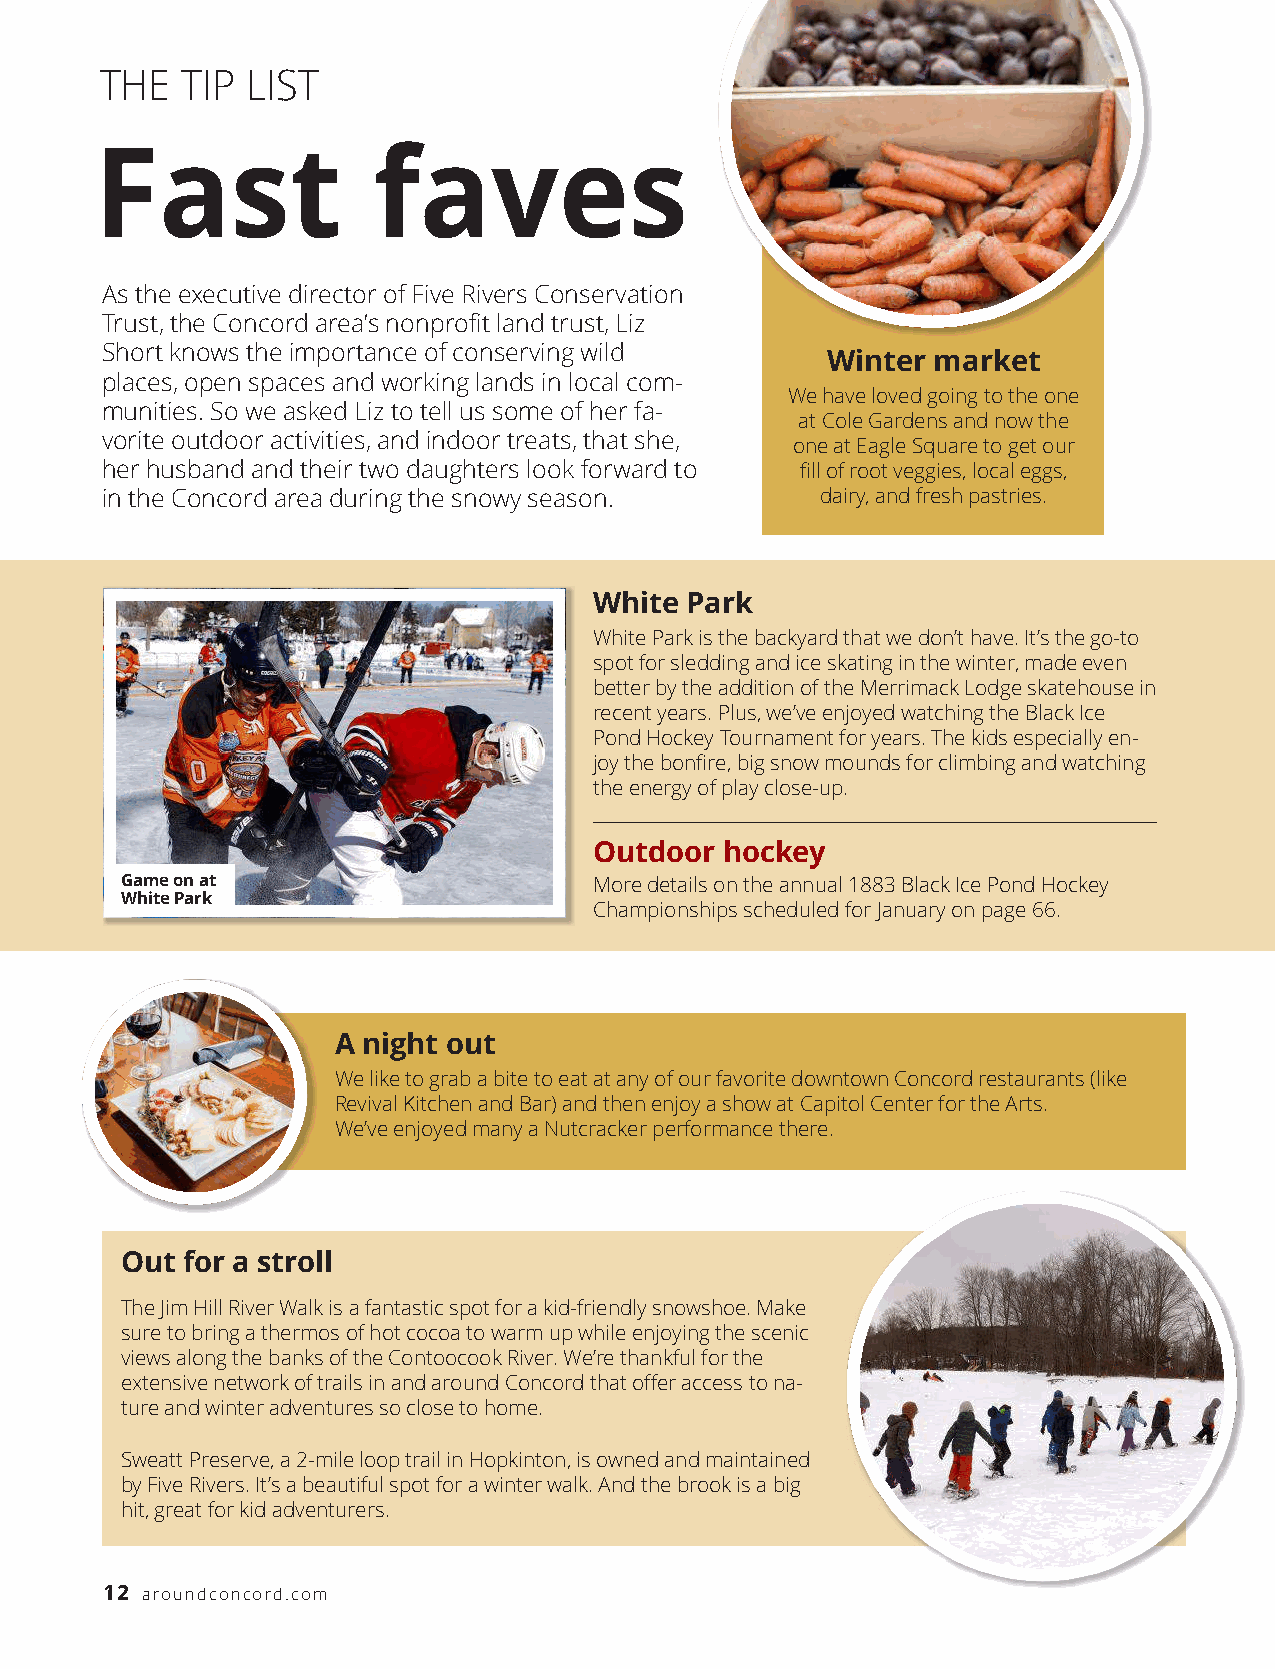
THE  TIP LIST
 Fast               faves
 As the executive director of Five Rivers Conservation
 Trust, the Concord area’s nonprofit land trust, Liz
 Short knows the importance of conserving wild
 Winter market
 places, open spaces and working lands in local com-
 We have loved going to the one
 munities. So we asked Liz to tell us some of her fa-
 at Cole Gardens and now the
 vorite outdoor activities, and indoor treats, that she,
 one at Eagle Square to get our
 her husband and their two daughters look forward to fill of root veggies, local eggs,
 in the Concord area during the snowy season.   dairy, and fresh pastries.
 White Park
 White Park is the backyard that we don’t have. It’s the go-to
 spot for sledding and ice skating in the winter, made even
 better by the addition of the Merrimack Lodge skatehouse in
 recent years. Plus, we’ve enjoyed watching the Black Ice
 Pond Hockey Tournament for years. The kids especially en-
 joy the bonfire, big snow mounds for climbing and watching
 the energy of play close-up.
 Outdoor  hockey
 KGaatme eF loenm aintg,        More details on the annual 1883 Black Ice Pond Hockey
 AWahriotne PJoanreks
 Championships scheduled for January on page 66.
 A night out
 We like to grab a bite to eat at any of our favorite downtown Concord restaurants (like
 Revival Kitchen and Bar) and then enjoy a show at Capitol Center for the Arts.
 We ’ve enjoyed many a Nutcracker performance there.
 Out for a stroll
 The Jim Hill River Walk is a fantastic spot for a kid-friendly snowshoe. Make
 sure to bring a thermos of hot cocoa to warm up while enjoying the scenic
 views along the banks of the Contoocook River. We’re thankful for the
 extensive network of trails in and around Concord that offer access to na-
 ture and winter adventures so close to home.
 Sweatt Preserve, a 2-mile loop trail in Hopkinton, is owned and maintained
 by Five Rivers. It’s a beautiful spot for a winter walk. And the brook is a big
 hit, great for kid adventurers.
 12 a ro u n d c o n c o rd . c o m